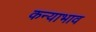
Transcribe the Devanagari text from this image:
कन्याभाव